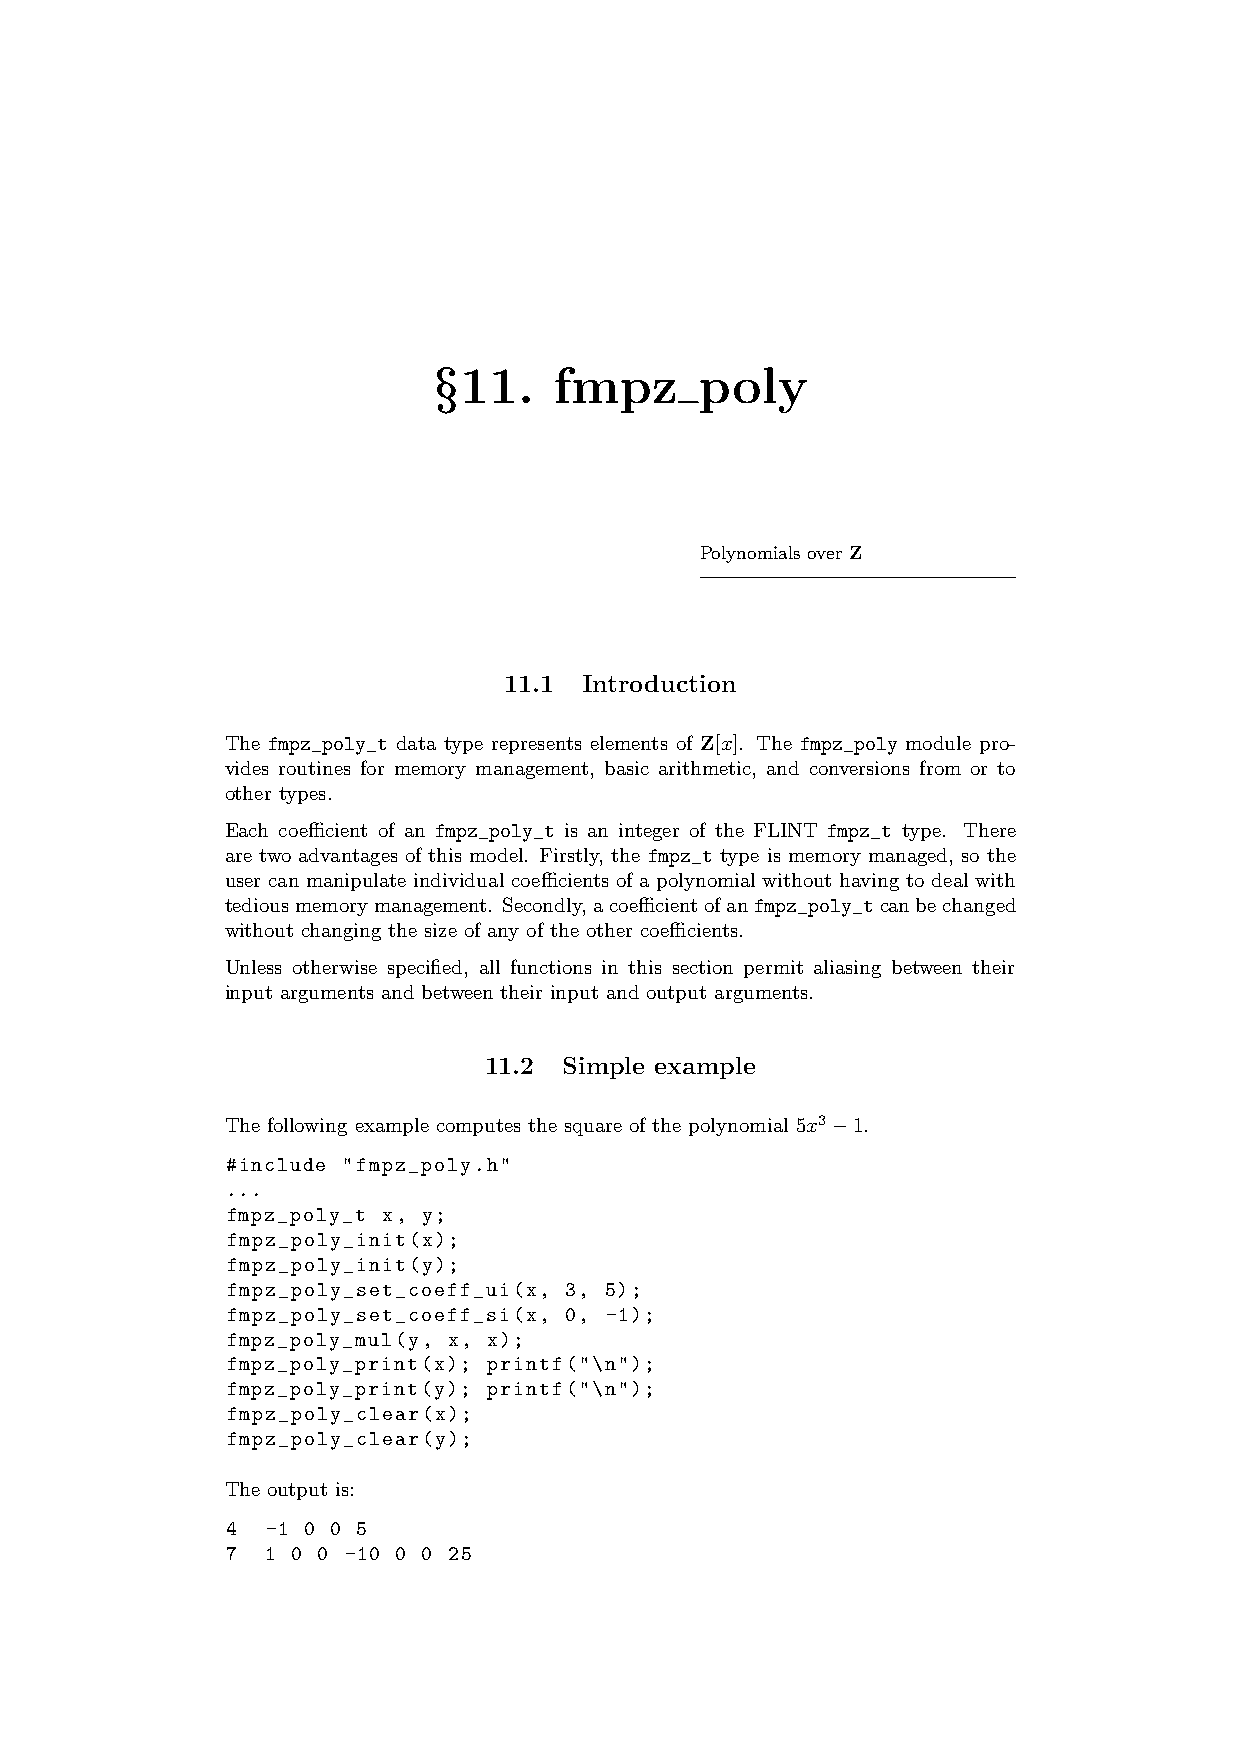
§11.    fmpz     poly
 Polynomials over Z
 11.1  Introduction
 The fmpz_poly_t data type represents elements of Z[x]. The fmpz_poly module pro-
 vides routines for memory management, basic arithmetic, and conversions from or to
 other types.
 Each coefficient of an fmpz_poly_t is an integer of the FLINT fmpz_t type. There
 are two advantages of this model. Firstly, the fmpz_t type is memory managed, so the
 user can manipulate individual coefficients of a polynomial without having to deal with
 tediousmemorymanagement. Secondly,acoefficientofanfmpz_poly_tcanbechanged
 without changing the size of any of the other coefficients.
 Unless otherwise specified, all functions in this section permit aliasing between their
 input arguments and between their input and output arguments.
 11.2 Simple example
 The following example computes the square of the polynomial 5x3−1.
 #include "fmpz_poly.h"
 ...
 fmpz_poly_t x, y;
 fmpz_poly_init(x);
 fmpz_poly_init(y);
 fmpz_poly_set_coeff_ui(x, 3, 5);
 fmpz_poly_set_coeff_si(x, 0, -1);
 fmpz_poly_mul(y, x, x);
 fmpz_poly_print(x); printf("\n");
 fmpz_poly_print(y); printf("\n");
 fmpz_poly_clear(x);
 fmpz_poly_clear(y);
 The output is:
 4  -1 0 0 5
 7  1 0 0 -10 0 0 25